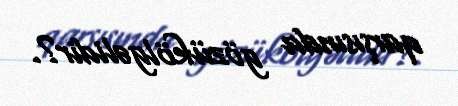
qarşısında gözükölgəlidir?.